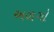
અળગો